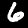
Digit: 6